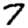
Digit: 7